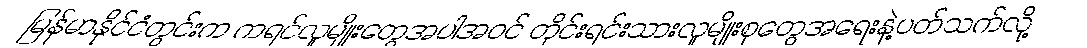
မြန်မာနိုင်ငံတွင်းက ကရင်လူမျိုးတွေအပါအဝင် တိုင်းရင်းသားလူမျိုးစုတွေအရေးနဲ့ပတ်သက်လို့